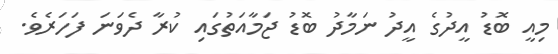
މިއީ ބޮޑު އީދުގެ އީދު ނަމާދު ބޮޑު ޖަމާއަތުގައި ކުރާ ދެވަނަ ފަހަރެވެ.